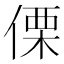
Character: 傈